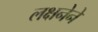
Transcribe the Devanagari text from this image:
लक्षनेने